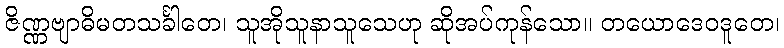
ဇိဏ္ဏဗျာဓိမတသင်္ခါတေ၊ သူအိုသူနာသူသေဟု ဆိုအပ်ကုန်သော။ တယောဒေဝဒူတေ၊